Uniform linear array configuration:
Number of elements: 24
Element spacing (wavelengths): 0.75
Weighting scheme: exponential
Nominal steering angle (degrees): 0
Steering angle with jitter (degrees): -0.5512
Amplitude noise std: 0.05
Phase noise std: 0.05

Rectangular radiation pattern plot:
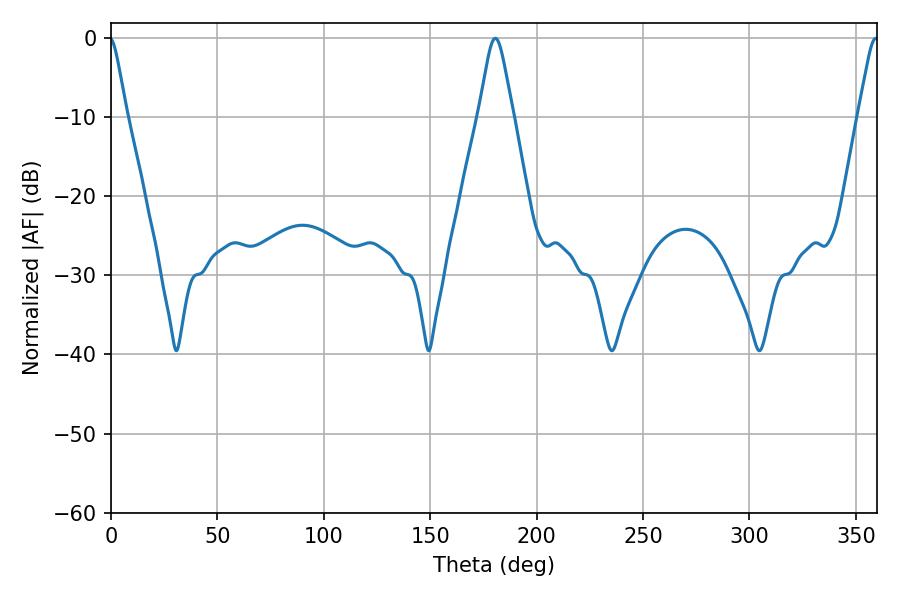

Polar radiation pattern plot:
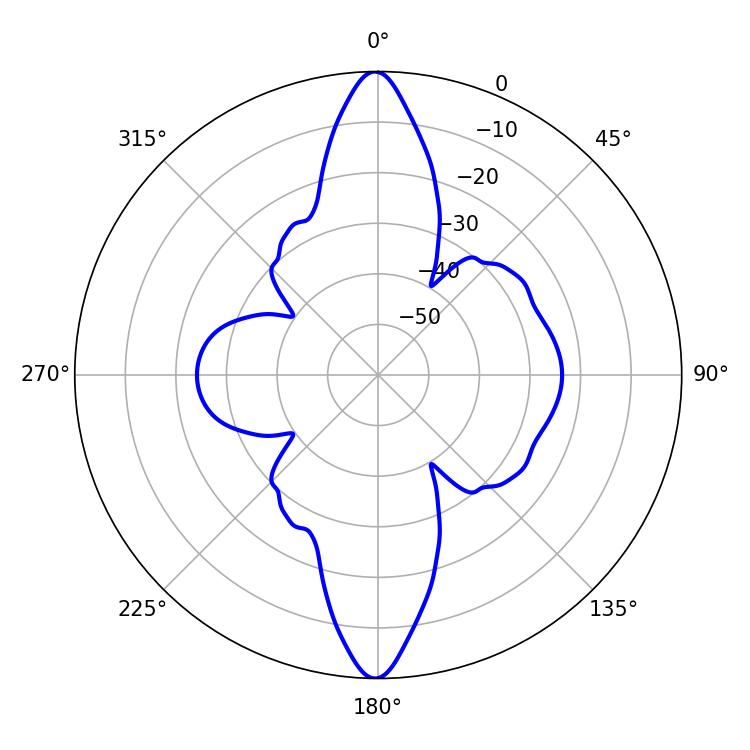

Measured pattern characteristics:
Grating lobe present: TRUE
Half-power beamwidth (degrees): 7.74
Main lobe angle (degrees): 180.54